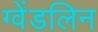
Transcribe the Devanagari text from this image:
ग्वेंडलिन